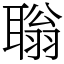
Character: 聬